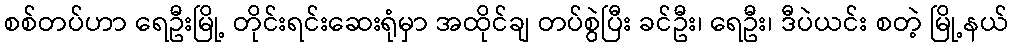
စစ်တပ်ဟာ ရေဦးမြို့ တိုင်းရင်းဆေးရုံမှာ အထိုင်ချ တပ်စွဲပြီး ခင်ဦး၊ ရေဦး၊ ဒီပဲယင်း စတဲ့ မြို့နယ်